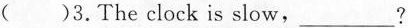
()3.The clock is slow,___?